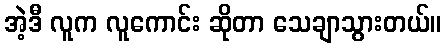
အဲ့ဒီ လူက လူကောင်း ဆိုတာ သေချာသွားတယ်။